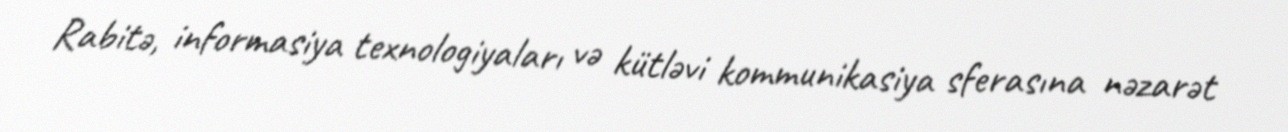
Rabitə, informasiya texnologiyaları və kütləvi kommunikasiya sferasına nəzarət